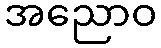
အညောဝ